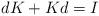
LaTeX: \begin{align*} dK+Kd=I \end{align*}